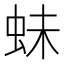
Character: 𧉿